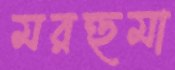
মরহুমা